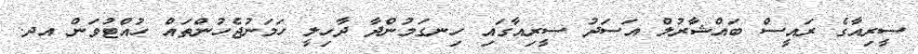
ސީރިއާގެ ރައީސް ބައްޝާރުލް އަސަދު ސީރިއާގައި ހިނގަމުންދާ ދާހިލީ ހަމަނުޖެހުންތައް ހުއްޓުވަން އދ.